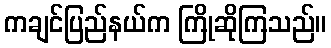
ကချင်ပြည်နယ်က ကြိုဆိုကြသည်။